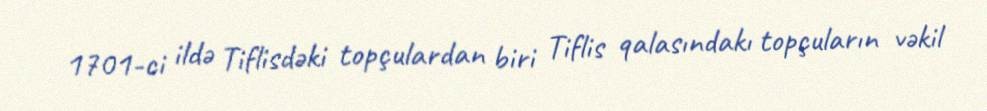
1701-ci ildə Tiflisdəki topçulardan biri Tiflis qalasındakı topçuların vəkil